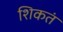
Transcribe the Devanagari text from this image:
शिकतं